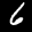
Label: 6